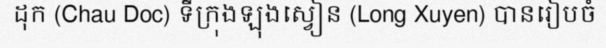
ដុក (Chau Doc) ទីក្រុងឡុងស្វៀន (Long Xuyen) បានរៀបចំ